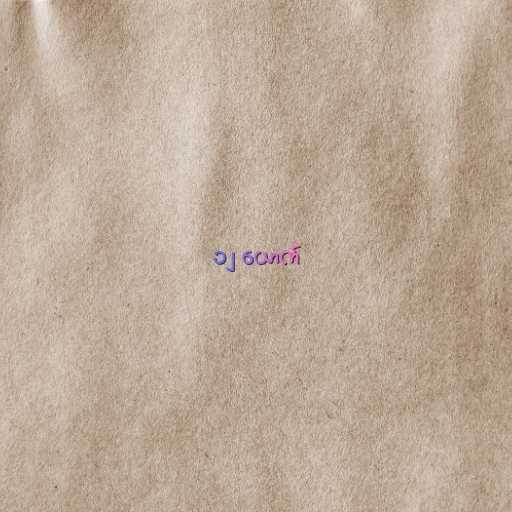
၁၂ ယောက်